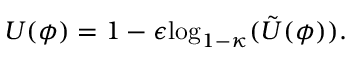
U ( \phi ) = 1 - \epsilon \mathrm { l o g } _ { 1 - \kappa } ( \tilde { U } ( \phi ) ) .